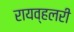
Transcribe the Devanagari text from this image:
रायव्हलरी